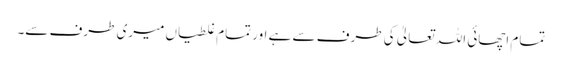
تمام اچھائی اللہ تعالیٰ کی طرف سے ہے اور تمام غلطیاں میری طرف سے۔